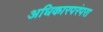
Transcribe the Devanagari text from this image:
अधिकारपरंपरा